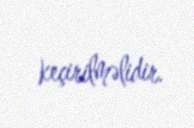
keçirilməlidir.